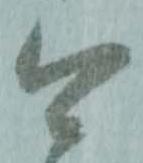
今